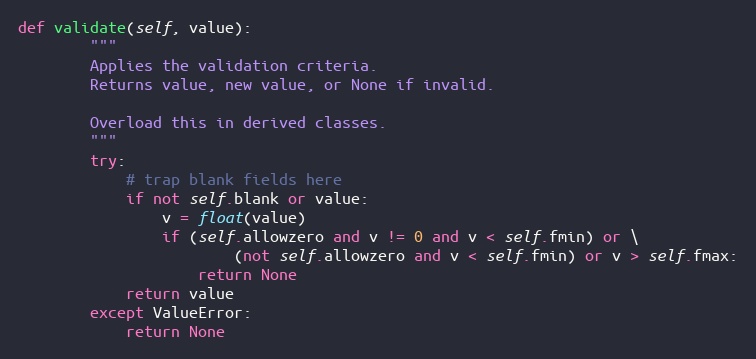
Language: Python
def validate(self, value):
        """
        Applies the validation criteria.
        Returns value, new value, or None if invalid.

        Overload this in derived classes.
        """
        try:
            # trap blank fields here
            if not self.blank or value:
                v = float(value)
                if (self.allowzero and v != 0 and v < self.fmin) or \
                        (not self.allowzero and v < self.fmin) or v > self.fmax:
                    return None
            return value
        except ValueError:
            return None